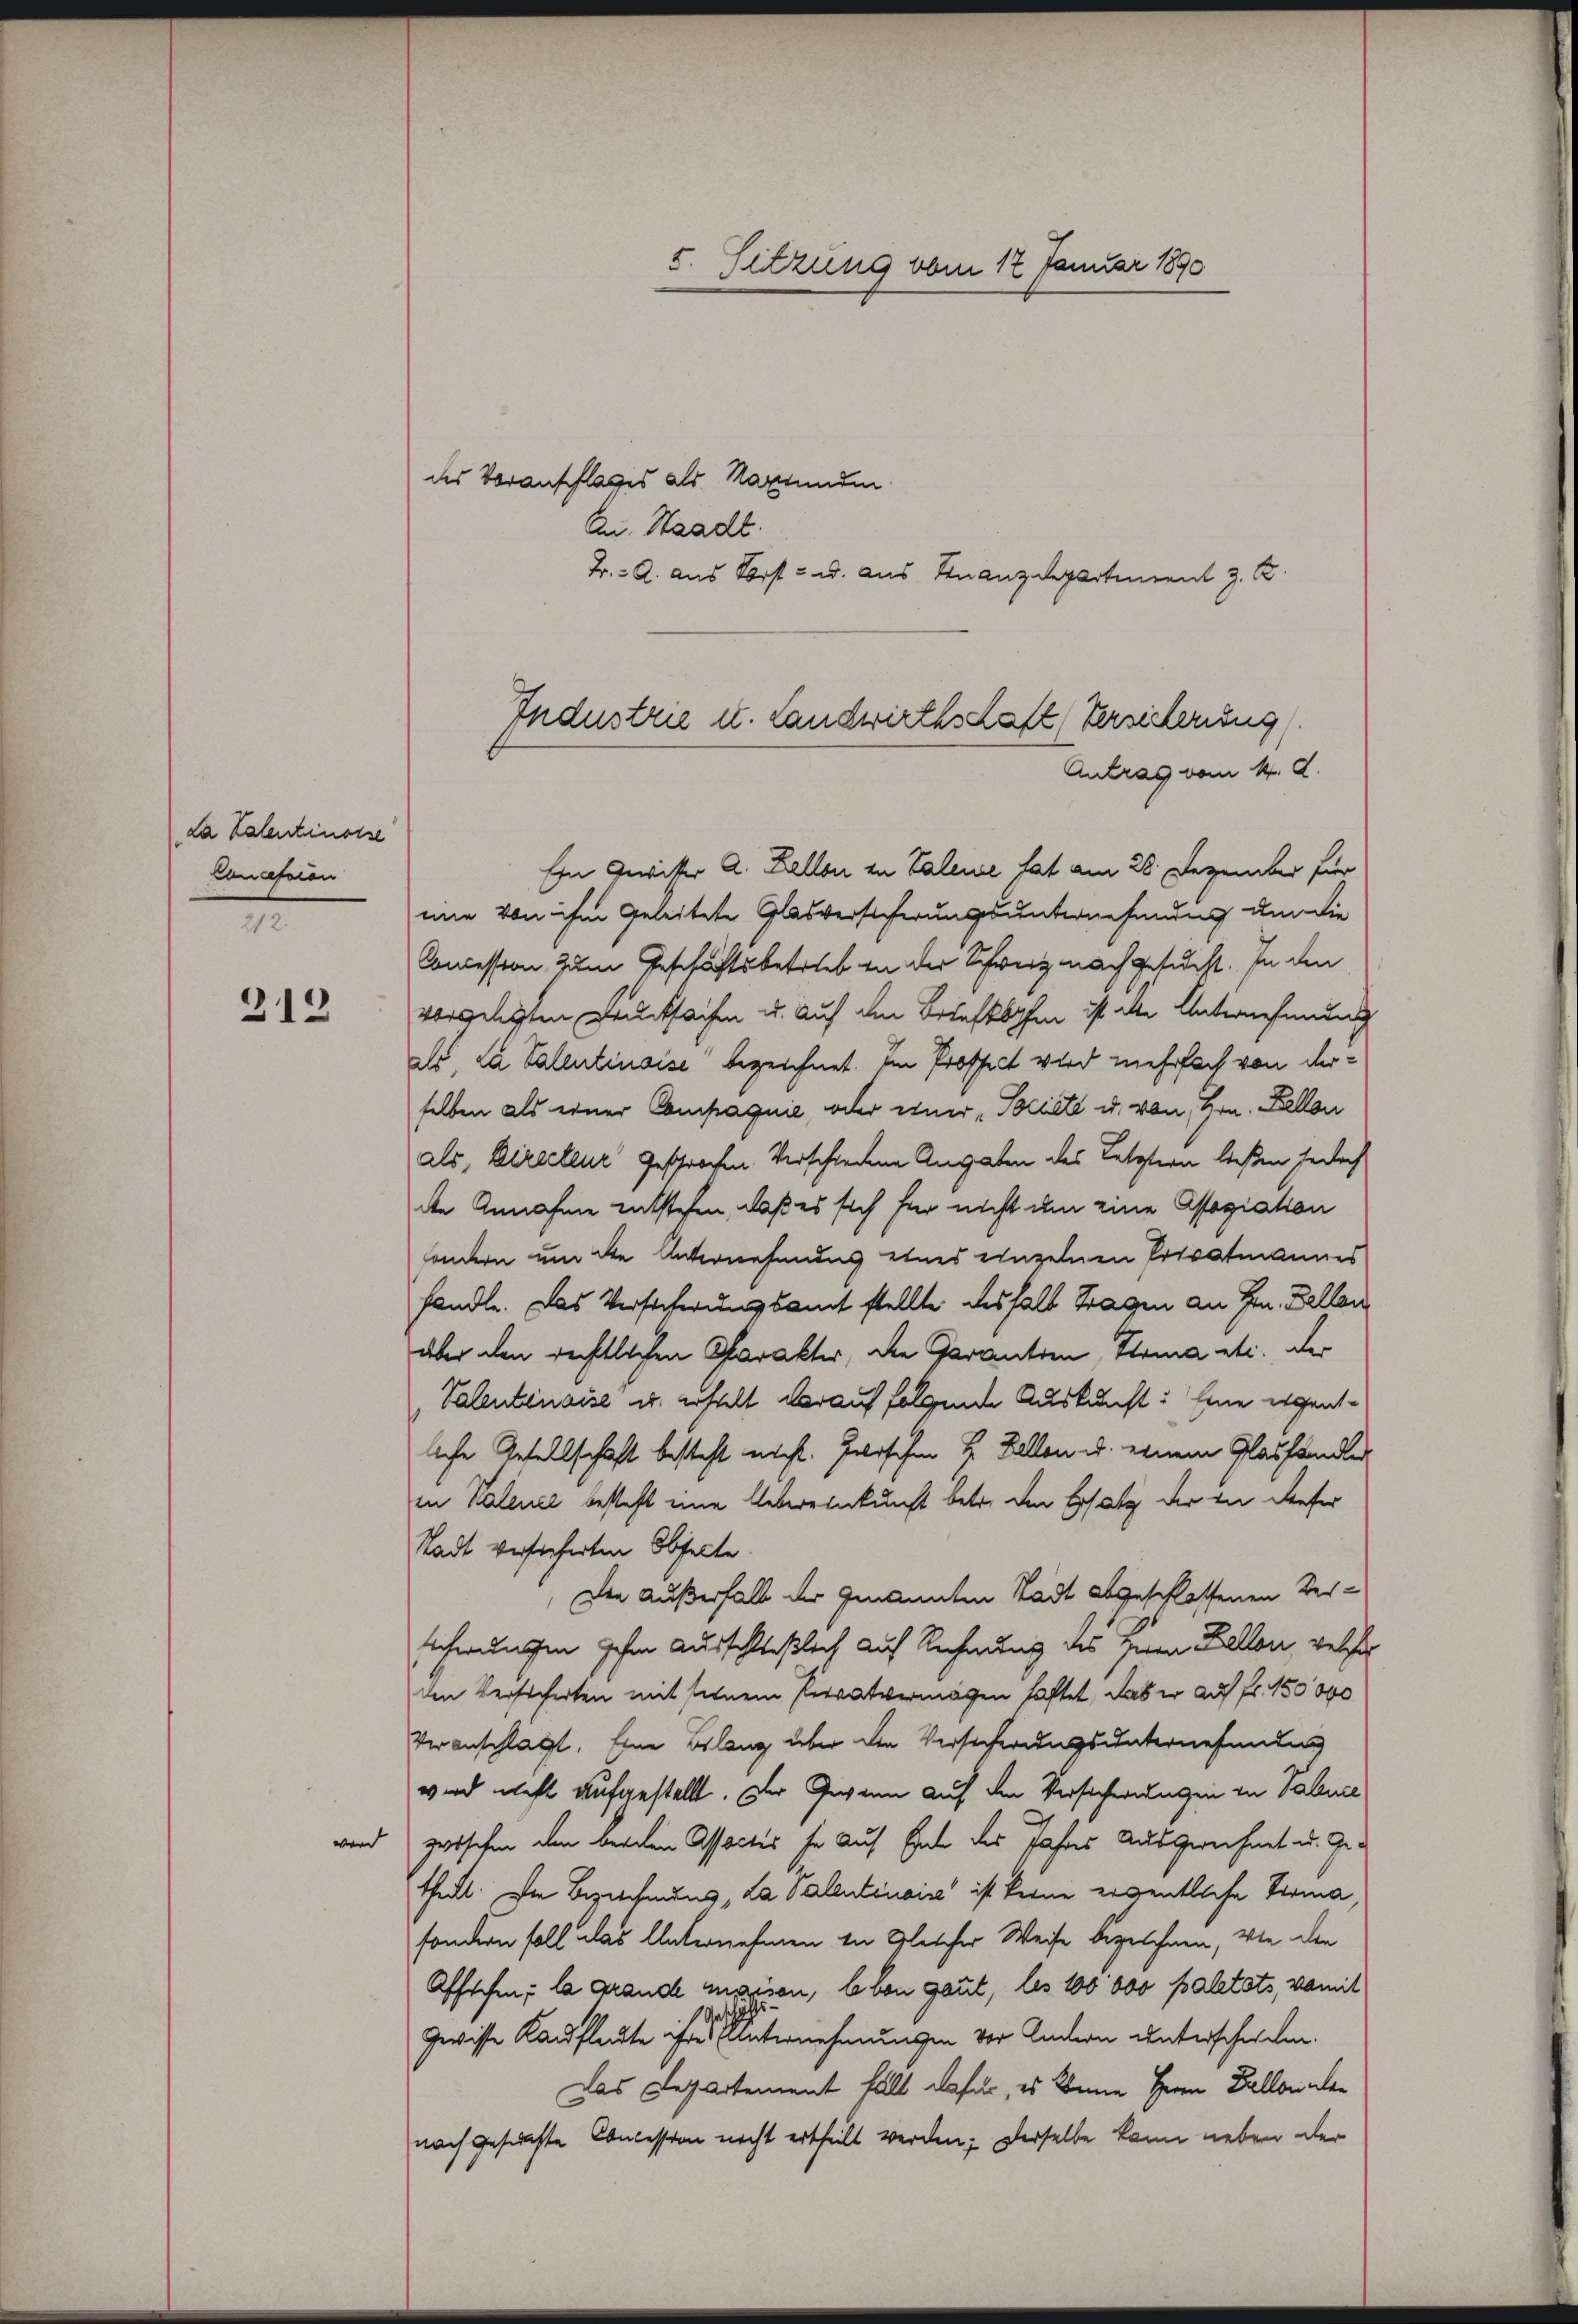
da Kalentinosse
Conastien
212

319

5. Sitzung vom 12 Januar 1890

des Voranschlages als Nagrunden.
An Staadt.
Fr.: A. aus Vorst- u. aus Finanzdepartenrent z. B.
Ein Gewitter A. Zellen in Valene hat am 28. Dezember für
eie von ihm geleitete Glasversicherungsunternehmung um die
Concession, zum Geschäftsbetrieb in der Schweiz nachgesucht. In den
vorgelegten Drucksachen u. auf den Behaftspfen ist alle Unternehmung
als, da Valentensise“ bezeichnet. Im Proffect wird mehrfach von derselben als einer Compagnie, oder einer "Societe u. von Hrn. Kellen
als, Directeur gesprochen. Verschiedene Angaben des Letztern ließen jedoch
de Annahme entstehen, daß es sich für nicht um eine Assegiation
sondern um die Anterwesendes etwas einzelnen Privatmannes
handle. Das Versicherungsamt stellte deshalb tragen an Hrn. Bellan
über den rechtlichen Charakter, die Garantien, Stria etc. der
Valentenaise u. erhalt darauf folgende Auskunft: Eine eigentliche Gesellschaft besteht nicht. Galoschen H. Fallen u. einem Glashändler
in Valence besteht eine Uebereinkunft betr. den Ersatz der in dieser
Stadt versicherten Objecte
Den Außerhalb der genannten Stadt abgeschlossenen Ver¬
Schwungen gehen Ausschließlich auf Rechnung des Herrn Kellen, welche
den Versicherten mit seinem servatvermögen haftet, das er auf fr. 150000
Veranschlägt. Eine Belang über den Versicherungsunternehmung
wird nicht aufgestellt. Der Gewann auf den Versicherungen in Paluce
wird zwischen den beralen Assectis se auf Ende des Jahres ausgerechnet u. Getheilt. Die Beziechnung „La Valentenaire“ ist keine eigentliche Verma
sondern soll das Unternehmen in Gleicher Weise bezeichnen, wie den
Afftchen, la grande massen, leben gant, les 100 000 Baletats, womit
Gewisse Kaufleute ihres unternehmungen vor Andern unterschwehen.
Das Departement falt dafür, es könne Herrn Ballorialer
nach gesuchte Concession nicht ertheilt werden; derselbe kann neben der

Industrie u. Landwirthschaft (Verseiterung
Antrag vom 14. d.